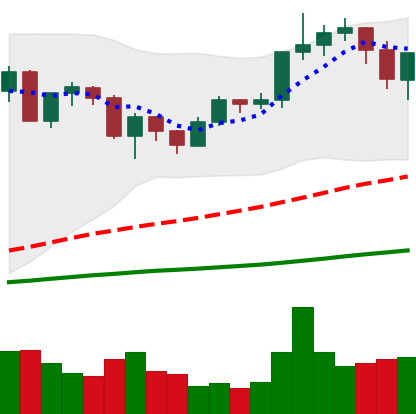
Ticker: ETH-USD
Chart end date: 2020-12-22
Forward return: 7.527%
Label: up_7plus